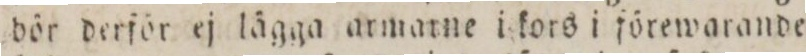
bör derför ej lägga armarne i kors i förewarande